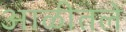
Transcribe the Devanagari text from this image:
आळीतले